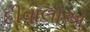
દીવાલોએ